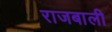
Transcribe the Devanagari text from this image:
राजबाली